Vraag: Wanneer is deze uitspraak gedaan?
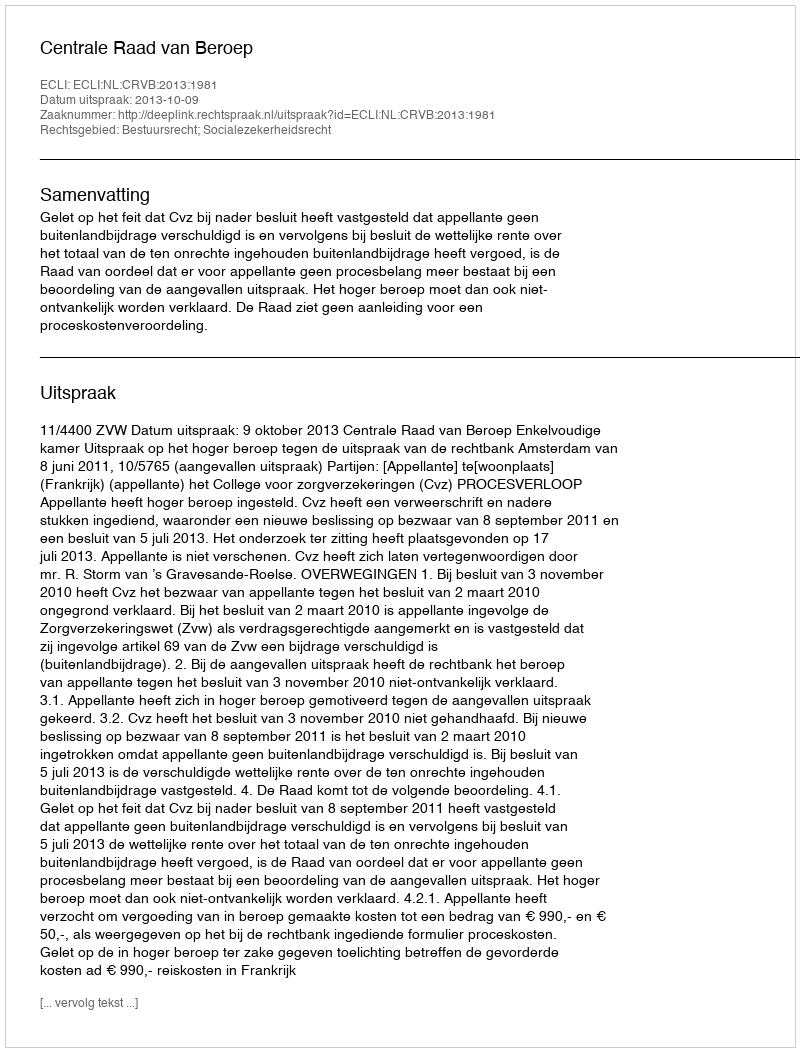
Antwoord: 2013-10-09